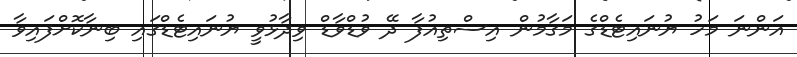
އަންނަ މަހު ޔުނައިޓެޑްގެ މަގާމުން އިސްތިއުފާ ދޭ ވުޑްވާޑް ވިދާޅުވީ ޔުނައިޓެޑްގައި ބިނާކޮށްފައިވާ